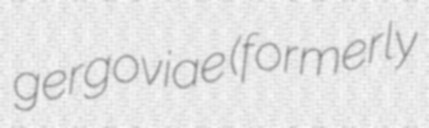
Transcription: gergoviae (formerly